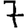
Digit: 7